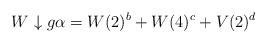
LaTeX: \begin{align*}W \downarrow {g\alpha} = W(2)^b + W(4)^c + V(2)^d\end{align*}